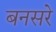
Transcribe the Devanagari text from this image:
बनसरे